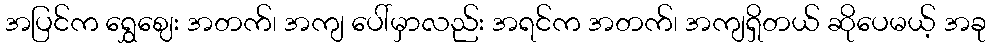
အပြင်က ရွှေဈေး အတက်၊ အကျ ပေါ်မှာလည်း အရင်က အတက်၊ အကျရှိတယ် ဆိုပေမယ့် အခု